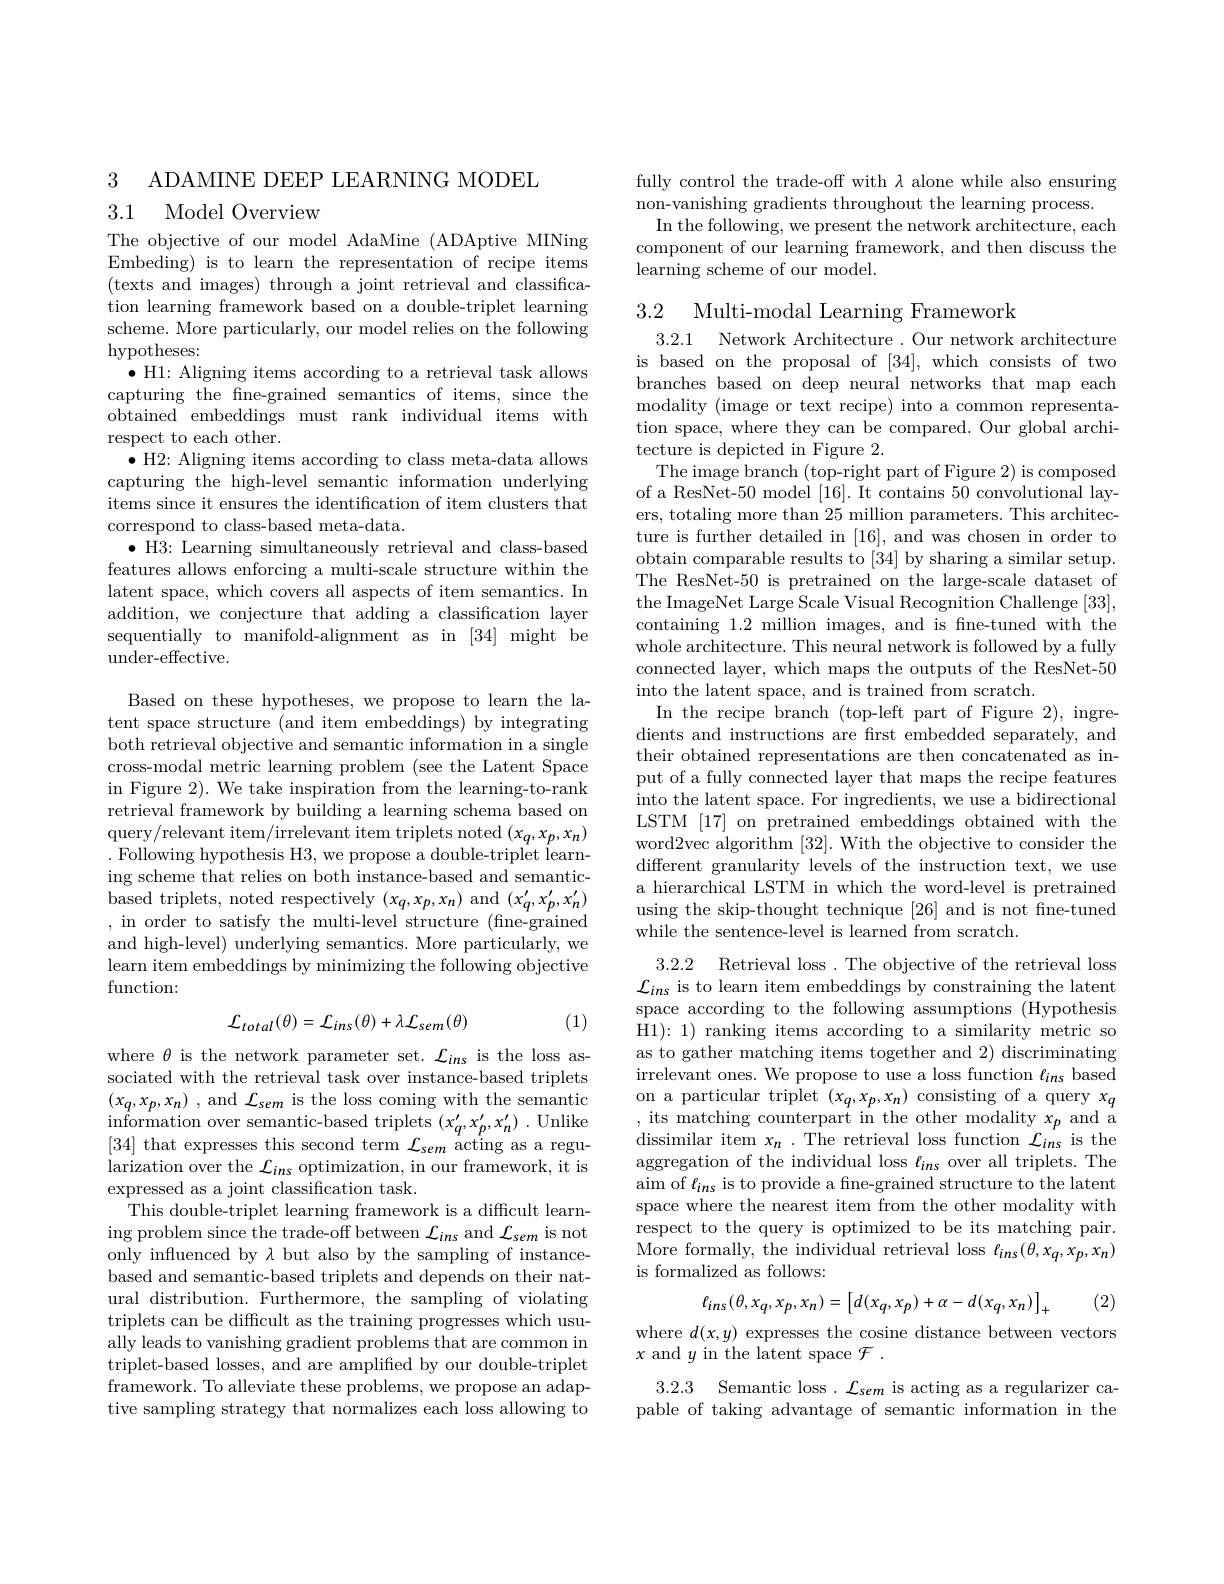
3

ADAMINE DEEP LEARNING MODEL

## 3.1 Model Overview

The objective of our model AdaMine (ADAptive MINing Embeding) is to learn the representation of recipe items (texts and images) through a joint retrieval and classification learning framework based on a double-triplet learning scheme. More particularly, our model relies on the following hypotheses:
$\bullet$ H1: Aligning items according to a retrieval task allows capturing the fne-grained semantics of items, since the obtained embeddings must rank individual items with respect to each other.
$\bullet$ H2: Aligning items according to class meta-data allows capturing the high-level semantic information underlying items since it ensures the identification of item clusters that correspond to class-based meta-data.
$\bullet$ H3: Learning simultaneously retrieval and class-based features allows enforcing a multi-scale structure within the latent space, which covers all aspects of item semantics. In addition, we conjecture that adding a classification layer sequentially to manifold-alignment as in [34] might be under-effective.

Based on these hypotheses, we propose to learn the latent space structure (and item embeddings) by integrating both retrieval objective and semantic information in a single cross-modal metric learning problem (see the Latent Space in Figure 2). We take inspiration from the learning-to-rank retrieval framework by building a learning schema based on $\begin{array}{c}{\mathrm{query/relevant~item/irrelevant~item~triplets~noted~}(x_{q},x_{p},x_{n})}\\{\mathrm{Tu~}}\end{array}$ . Following hypothesis H3, we propose a double-triplet learning scheme that relies on both instance-based and semanticbased triplets, noted respectively $(x_q,x_p,x_n)$ and $(x_q^{\prime},x_p^{\prime},x_n^{\prime})$ , in order to satisfy the multi-level structure (fine-grained and high-level) underlying semantics. More particularly, we learn item embeddings by minimizing the following objective function:
$$\mathcal{L}_{total}(\theta)=\mathcal{L}_{ins}(\theta)+\lambda\mathcal{L}_{sem}(\theta)$$
(1)

where $\theta$ is the network parameter set. $\mathcal{L}_ins$ is the loss associated with the retrieval task over instance-based triplets $( x_{q}, x_{p}, x_{n})$ , and $\mathcal{L} _{sem}$ is the loss coming with the semantic information over semantic- based triplets $( x_{q}^{\prime }, x_{p}^{\prime }, x_{n}^{\prime })$ . Unlike [34] that expresses this second term $\mathcal{L} _{sem}$ acting as a regularization over the $\mathcal{L}_ins$ optimization, in our framework, it is expressed as a joint classification task.
This double-triplet learning framework is a difficult learning problem since the trade-off between $\mathcal{L}_ins$ and $\mathcal{L}_sem$ is not only influenced by $\lambda$ but also by the sampling of instancebased and semantic-based triplets and depends on their natural distribution. Furthermore, the sampling of violating triplets can be difficult as the training progresses which usually leads to vanishing gradient problems that are common in triplet-based losses, and are amplified by our double-triplet framework. To alleviate these problems, we propose an adaptive sampling strategy that normalizes each loss allowing to

fully control the trade-off with $\lambda$ alone while also ensuring
non-vanishing gradients throughout the learning process.
In the following, we present the network architecture, each component of our learning framework, and then discuss the learning scheme of our model.

3.2 Multi-modal Learning Framework

3.2.1 Network Architecture. Our network architecture is based on the proposal of [34], which consists of two branches based on deep neural networks that map each modality (image or text recipe) into a common representation space, where they can be compared. Our global architecture is depicted in Figure 2.
The image branch (top-right part of Figure 2) is composed of a ResNet-50 model $[\hat{1}6].$ It contains 50 convolutional layers, totaling more than 25 million parameters. This architecture is further detailed in [16], and was chosen in order to obtain comparable results to [34] by sharing a similar setup. The ResNet-50 is pretrained on the large-scale dataset of the ImageNet Large Scale Visual Recognition Challenge [33], containing 1.2 million images, and is fne-tuned with the whole architecture. This neural network is followed by a fully connected layer, which maps the outputs of the ResNet-50 into the latent space, and is trained from scratch.
In the recipe branch (top-left part of Figure 2), ingredients and instructions are first embedded separately, and their obtained representations are then concatenated as input of a fully connected layer that maps the recipe features into the latent space. For ingredients, we use a bidirectional LSTM [17] on pretrained embeddings obtained with the word2vec algorithm [32]. With the objective to consider the different granularity levels of the instruction text, we use a hierarchical LSTM in which the word-level is pretrained using the skip-thought technique [26] and is not fne-tuned while the sentence-level is learned from scratch.
3.2.2 Retrieval loss. The objective of the retrieval loss $\mathcal{L}_{ins}$ is to learn item embeddings by constraining the latent space according to the following assumptions (Hypothesis H1): 1) ranking items according to a similarity metric so as to gather matching items together and 2) discriminating irrelevant ones. We propose to use a loss function $\ell_{ins}$ based $\begin{array}{l}\mathrm{on~a~particular~triplet~}(x_{q},x_{p},x_{n})~\mathrm{consisting~of~a~query~}x_{q}\\\mathrm{,~its~matching~counterpart~in~the~other~modality~}x_{p}~\mathrm{and~a}\end{array}$ dissimilar item $x_n.$ The retrieval loss function $\mathcal{L}_ins$ is the aggregation of the individual loss $\ell_{ins}$ over all triplets. The aim of $\ell_{ins}$ is to provide a fine-grained structure to the latent space where the nearest item from the other modality with respect to the query is optimized to be its matching pair. ${\mathrm{More~formally,~the~individual~retrieval~loss~}\ell_{ins}(\theta,x_{q},x_{p},x_{n})}$ is formalized as follows:
$$\ell_{ins}(\theta,x_{q},x_{p},x_{n})=\left[d(x_{q},x_{p})+\alpha-d(x_{q},x_{n})\right]_{+}$$
(2)

where $d(x,y)$ expresses the cosine distance between vectors
$x$ and $y$ in the latent space $\mathcal{F}.$

3.2.3 Semantic loss$.\mathcal{L}_sem$ is acting as a regularizer capable of taking advantage of semantic information in the